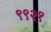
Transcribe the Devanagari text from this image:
९९२१